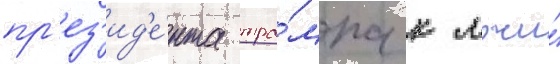
пр'ез'ид'е́нта тра́мпа к лжи́